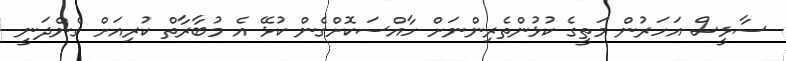
ސާޅީސް އަހަރުން މަތީގެ ކުޅުންތެރިންނަށް ހާއްސަކޮށްގެން ކުޅޭ އެ މުބާރާތް ކުރިއަށް ގެންދަނީ